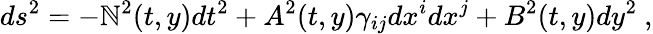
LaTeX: ds^{2}=-\mathbb{N}^{2}(t,y)dt^{2}+A^{2}(t,y)\gamma_{ij}dx^{i}dx^{j}+B^{2}(t,y)dy^{2}\ ,